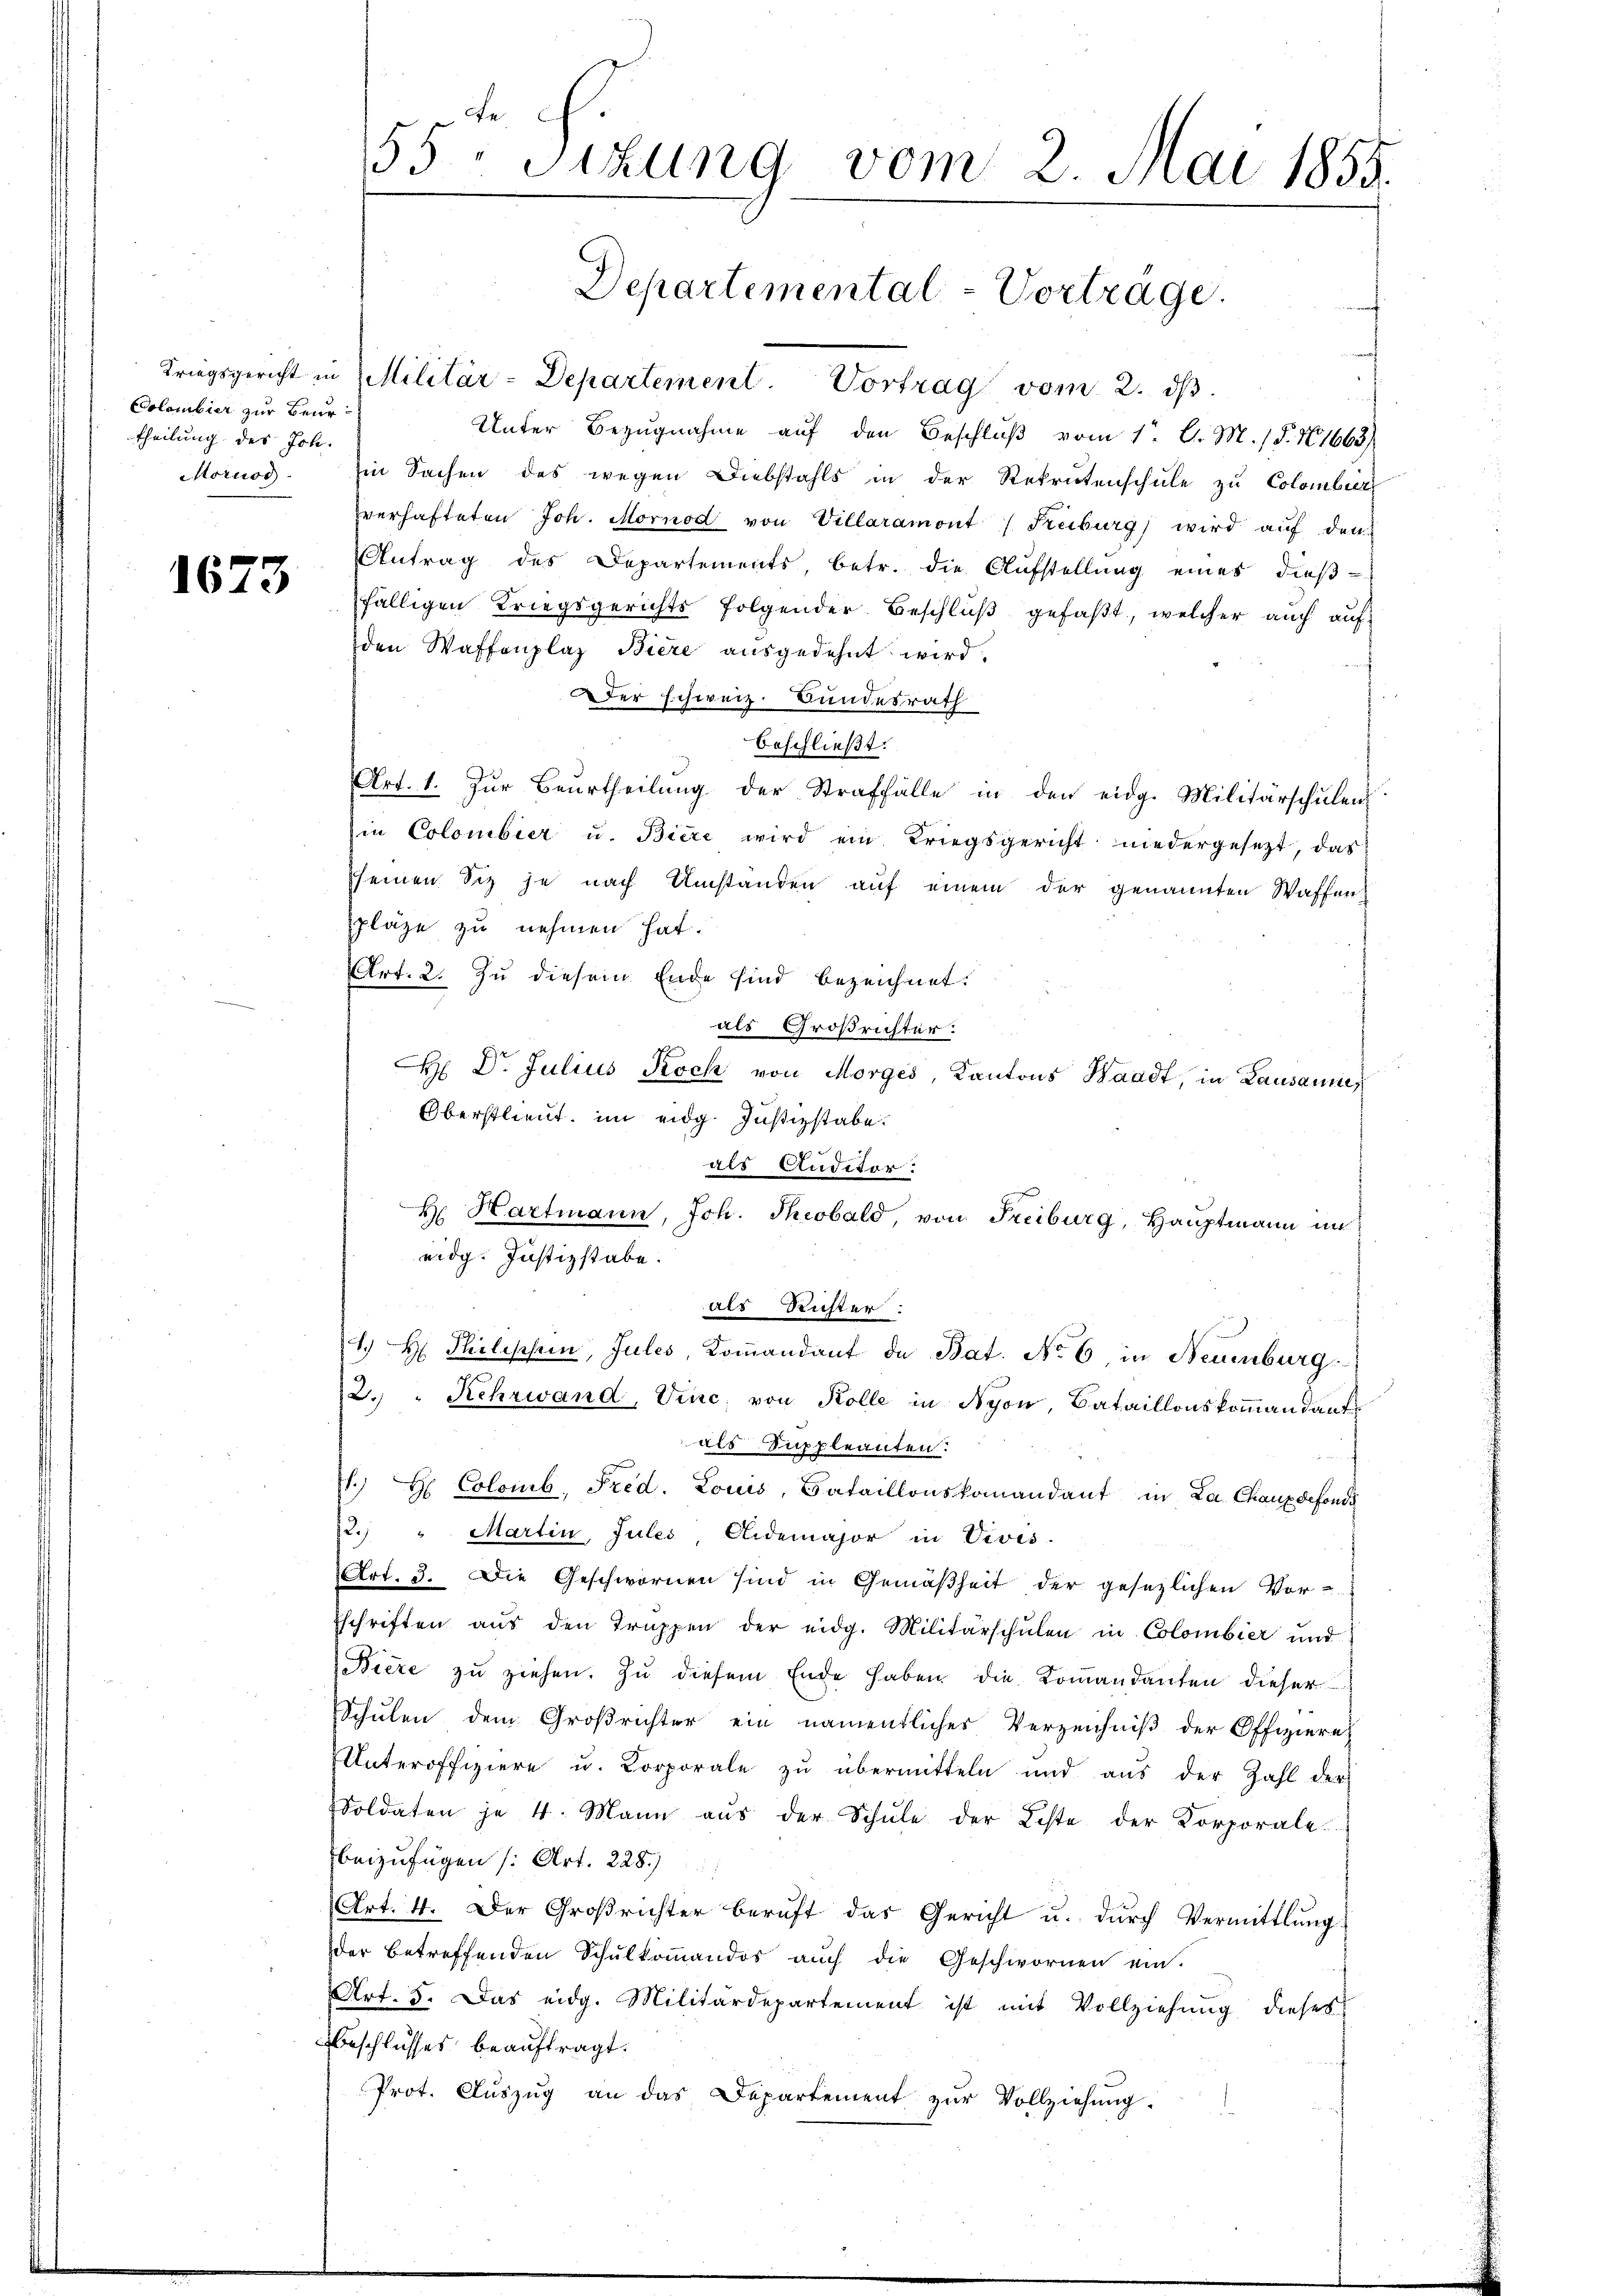
Colombier zur Beurtheilung des Joh.

1673

55: Sizung vom 2. Mai 1855.
Departemental-Vorträge.

Kriegsgericht in Militär-Departement. Vortrag vom 2. ds.
Unter Bezugnahme auf den Beschlŭβ vom 1. C. M. / 5. No. 1663
Mornos. Ein Sachen des wegen Diebstahls in der Rekrutenschule zu Colombier
verhafteten Joh. Mornod von Villaramont Freiburg) wird aŭf den
Antrag des Departements, betr. die Aufstellŭng eines dieβ-
fälligen Kriegsgerichts folgender Beschlŭβ gefaßt, welcher auch auf
den Waffenplaz Biere ausgedehnt wird.
er schweiz. Bundesrath
beschließt:
Art. 1. Zur Beurtheilung der Straffälle in den eidg. Militärschulen
in Colombier u. Biere wird ein Kriegsgericht niedergesetzt, das
sseinen Siz je nach Umstanden auf einem der genannten Waffen
pläge zu nehmen hat.
Art. 2. Zu diesem Ende sind bezeichnet.
als Großrichter:
d
H Dr. Julius Rock von Morges, Kantons Waadt, in Lausannes
Oberstlieut. im eidg. Justizstabe.
als Auditor
H Hartmann, Joh. Theobald, von Freiburg, Hauptmann in
eidg. Justizstabe.
als Richter.
. H. Philischein, Jules, Koṁandant de Bat. No 6 in Neuenburg
2. " Kehrwand, Vinc, von Kolle in Nyon, Bataillonskommandant
als Suppleanten.
H. H. Colomb, Fred. Louis, Bataillonskomandant in La Chauxdefonds
12.) " Martin, Julés Aidemajor in Vivis.
Art. 3. Die Geschwornen sind in Gemäßheit der gesezlichen Vor-
schriften aus den Truppen der eidg. Militärschŭlen in Colombier und
Biere zu ziehen. Zu diesem Ende haben die Kommandanten dieser
Schulen dem Großrichter ein namentliches Verzeichniß der Offiziere
Unteroffiziere u. Korporale zŭ übermitteln und aŭs der Zahl der
Voldaten je 4. Mann aus der Schule der Koste der Korporale
beizufügen (Art. 228.)
Art. 4. Der Großrichter beruft das Gericht u. dŭrch Vermittlung
der betreffenden Schŭlkoṁandos auch die Geschwornen ein-
Art. 5. Das eidg. Militärdepartement ist mit Vollziehung dieses
Beschlusses beauftragt.
Prot. Aŭszŭg an das Departement zŭr Vollziehung.